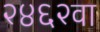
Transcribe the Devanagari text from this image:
२४६२वा